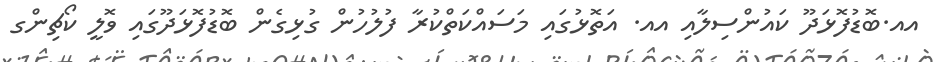
އއ.ބޮޑުފޮޅަދޫ ކައުންސިލާއި އއ. އަތޮޅުގައި މަސައްކަތްކުރާ ފުލުހުން ގުޅިގެން ބޮޑުފޮޅަދޫގައި ވޮލީ ކޯޗިންގ